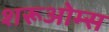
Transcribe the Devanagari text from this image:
शरूओम्स